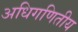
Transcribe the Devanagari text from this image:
अधिगणितीय